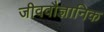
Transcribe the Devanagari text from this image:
जीववौज्ञानिक